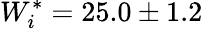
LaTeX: W_{i}^{*}=25.0\pm 1.2